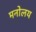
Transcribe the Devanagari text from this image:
मनोलय